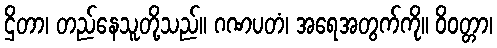
ဌိတာ၊ တည်နေသူတို့သည်။ ဂဏပတံ၊ အရေအတွက်ကို။ ဝိဝတ္တာ၊